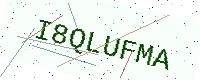
Text: I8QLUFMA